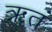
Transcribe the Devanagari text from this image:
ॠतं